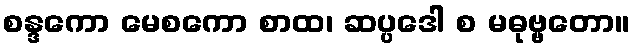
စန္ဒကော မေစကော စာထ၊ ဆပ္ပဒေါ စ မဓုဗ္ဗတော။